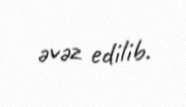
əvəz edilib.